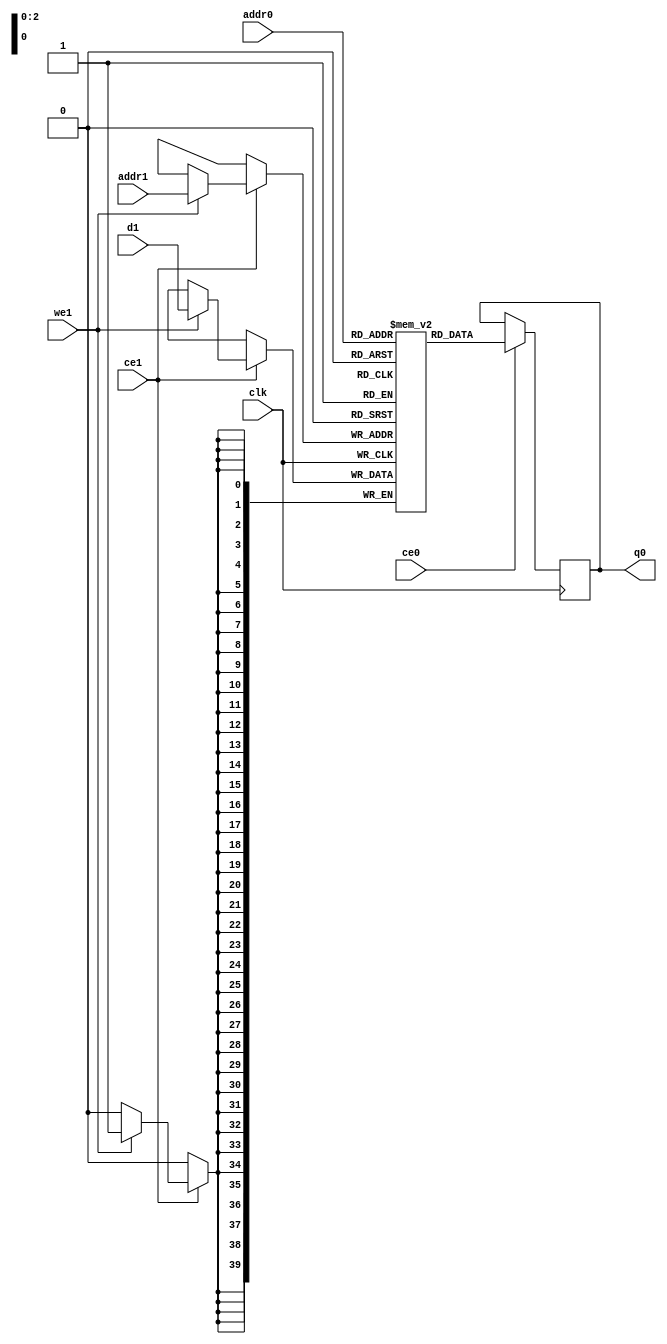
// ==============================================================
// Vivado(TM) HLS - High-Level Synthesis from C, C++ and SystemC v2020.1 (64-bit)
// Copyright 1986-2020 Xilinx, Inc. All Rights Reserved.
// ==============================================================
`timescale 1 ns / 1 ps
module ConvolutionInputGenerator_2_ConvolutionInputGbkb_ram (addr0, ce0, q0, addr1, ce1, d1, we1,  clk);

parameter DWIDTH = 40;
parameter AWIDTH = 3;
parameter MEM_SIZE = 6;

input[AWIDTH-1:0] addr0;
input ce0;
output reg[DWIDTH-1:0] q0;
input[AWIDTH-1:0] addr1;
input ce1;
input[DWIDTH-1:0] d1;
input we1;
input clk;

(* ram_style = "distributed" *)reg [DWIDTH-1:0] ram[0:MEM_SIZE-1];




always @(posedge clk)  
begin 
    if (ce0) begin
        q0 <= ram[addr0];
    end
end


always @(posedge clk)  
begin 
    if (ce1) begin
        if (we1) 
            ram[addr1] <= d1; 
    end
end


endmodule

`timescale 1 ns / 1 ps
module ConvolutionInputGenerator_2_ConvolutionInputGbkb(
    reset,
    clk,
    address0,
    ce0,
    q0,
    address1,
    ce1,
    we1,
    d1);

parameter DataWidth = 32'd40;
parameter AddressRange = 32'd6;
parameter AddressWidth = 32'd3;
input reset;
input clk;
input[AddressWidth - 1:0] address0;
input ce0;
output[DataWidth - 1:0] q0;
input[AddressWidth - 1:0] address1;
input ce1;
input we1;
input[DataWidth - 1:0] d1;



ConvolutionInputGenerator_2_ConvolutionInputGbkb_ram ConvolutionInputGenerator_2_ConvolutionInputGbkb_ram_U(
    .clk( clk ),
    .addr0( address0 ),
    .ce0( ce0 ),
    .q0( q0 ),
    .addr1( address1 ),
    .ce1( ce1 ),
    .we1( we1 ),
    .d1( d1 ));

endmodule